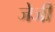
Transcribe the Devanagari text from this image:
जेर्जी